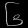
Digit: ၆